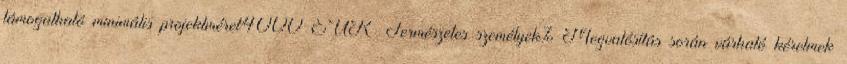
támogatható minimális projektméret4000 EUR ▪Természetes személyek%▪Megvalósítás során várható kérelmek